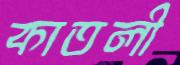
কাতলী